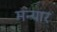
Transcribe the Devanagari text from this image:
मन्यार